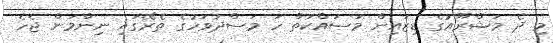
މި ދެ މަޝްރޫއުގެ ޑިޒައިން މަސައްކަތް ހަ މަސްދުވަހުގެ ތެރޭގައި ނިންމަން ޖެހެ